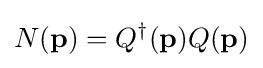
N(\mathbf {p} )=Q^{\dagger }(\mathbf {p} )Q(\mathbf {p} )